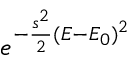
e ^ { - \frac { s ^ { 2 } } { 2 } ( E - E _ { 0 } ) ^ { 2 } }